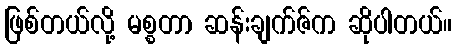
ဖြစ်တယ်လို့ မစ္စတာ ဆန်းချက်ဇ်က ဆိုပါတယ်။